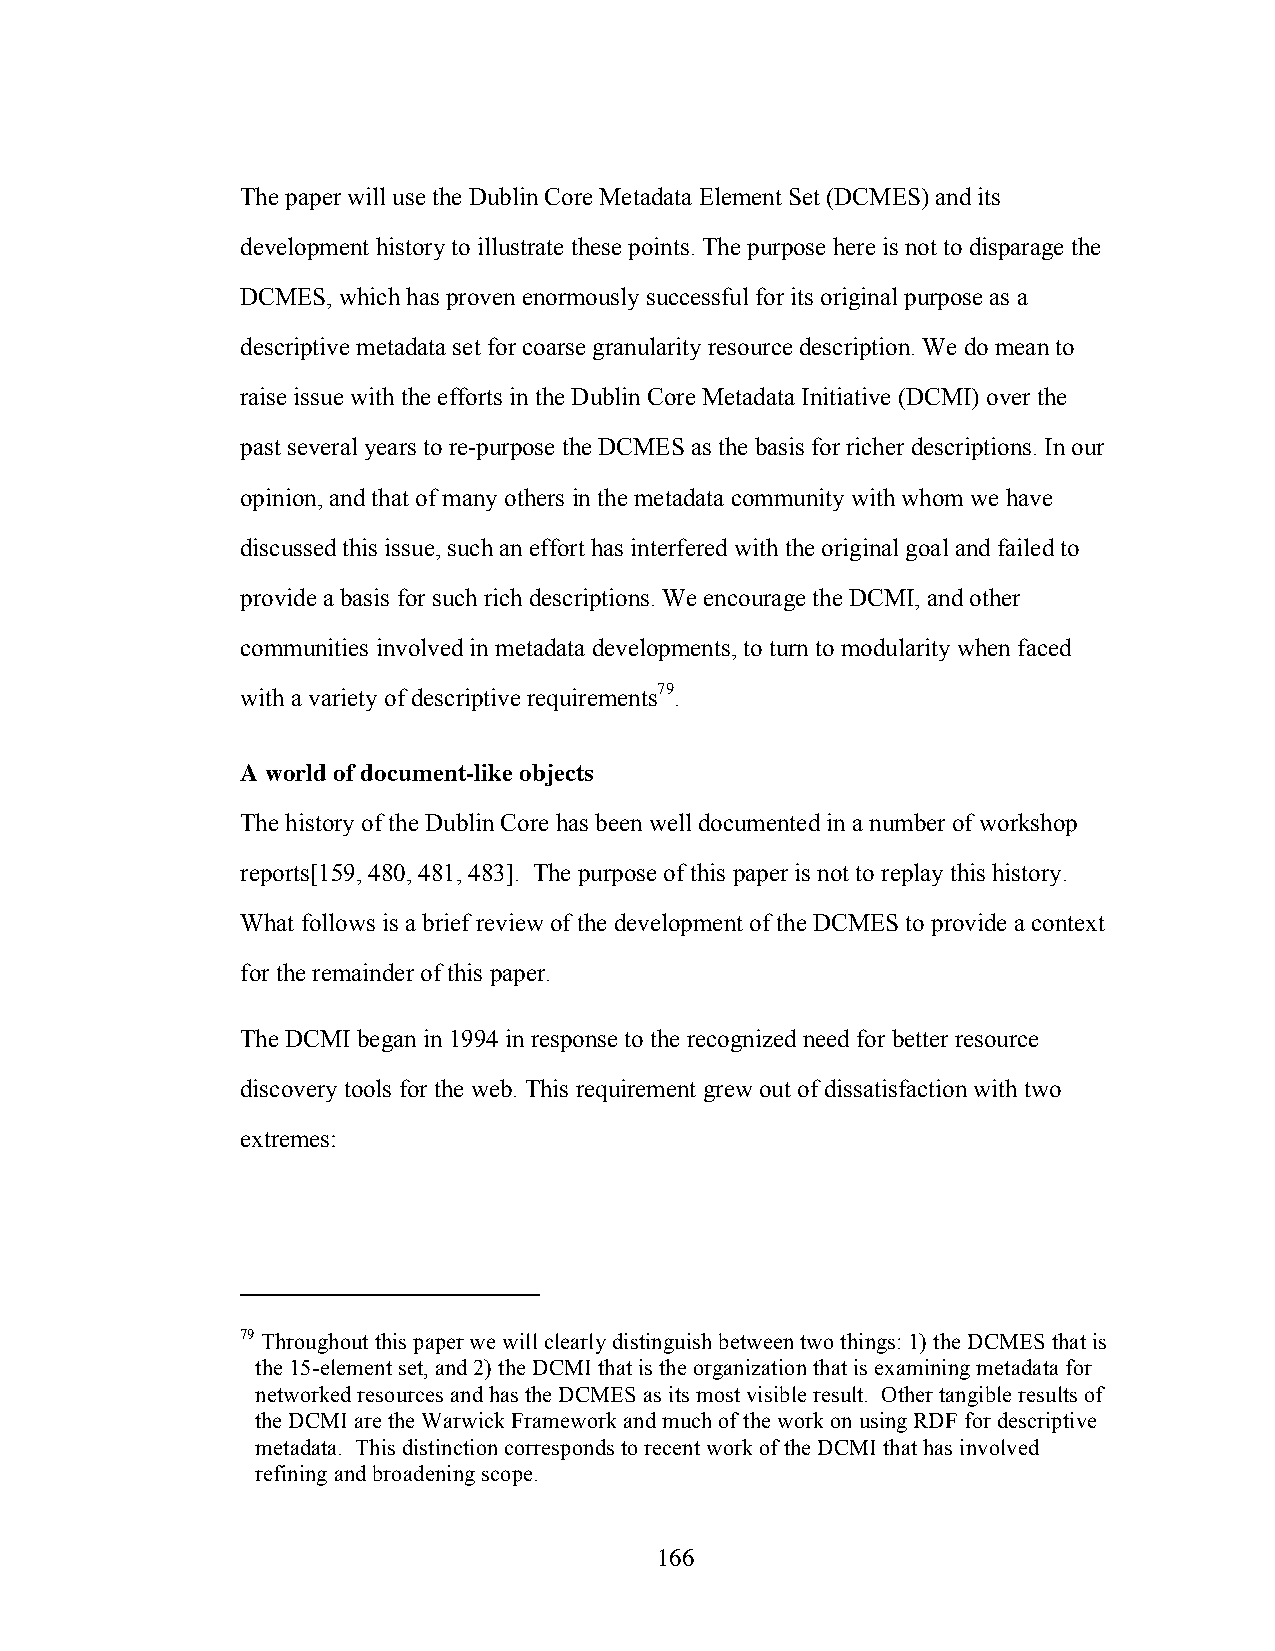
The paper will use the Dublin Core Metadata Element Set (DCMES) and its
 development history to illustrate these points. The purpose here is not to disparage the
 DCMES, which has proven enormously successful for its original purpose as a
 descriptive metadata set for coarse granularity resource description. We do mean to
 raise issue with the efforts in the Dublin Core Metadata Initiative (DCMI) over the
 past several years to re-purpose the DCMES as the basis for richer descriptions. In our
 opinion, and that of many others in the metadata community with whom we have
 discussed this issue, such an effort has interfered with the original goal and failed to
 provide a basis for such rich descriptions. We encourage the DCMI, and other
 communities involved in metadata developments, to turn to modularity when faced
 with a variety of descriptive requirements79.
 A world of document-like objects
 The history of the Dublin Core has been well documented in a number of workshop
 reports[159, 480, 481, 483]. The purpose of this paper is not to replay this history.
 What follows is a brief review of the development of the DCMES to provide a context
 for the remainder of this paper.
 The DCMI began in 1994 in response to the recognized need for better resource
 discovery tools for the web. This requirement grew out of dissatisfaction with two
 extremes:
 79 Throughout this paper we will clearly distinguish between two things: 1) the DCMES that is
 the 15-element set, and 2) the DCMI that is the organization that is examining metadata for
 networked resources and has the DCMES as its most visible result. Other tangible results of
 the DCMI are the Warwick Framework and much of the work on using RDF for descriptive
 metadata. This distinction corresponds to recent work of the DCMI that has involved
 refining and broadening scope.
 166